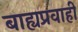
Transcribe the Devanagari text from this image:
बाह्यप्रवाही